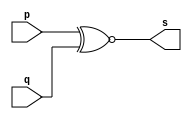
// ------------------------- 
// Exemplo3 - XNOR 
// Nome: Julio Miranda Machado
// ------------------------- 
// ------------------------- 
// -- xnor gate 
// ------------------------- 
module xnorgate ( output s, 
input p, q); 
assign s = p ~^ q; 
endmodule // xnorgate 
// --------------------- 
// -- test xnor gate 
// --------------------- 
module testxnorgate; 
// ------------------------- dados locais 
reg a, b; // definir registradores 
wire s; // definir conexao (fio) 
// ------------------------- instancia 
xnorgate OR1 (s, a, b); 
// ------------------------- preparacao 
initial begin:start 
a=0; b=0; 
end 
// ------------------------- parte principal 
initial begin 
$display("Exemplo3 - Julio Miranda Machado- 435666-7"); 
$display("Test XNOR gate"); 
$display("\na & b = s\n"); 
a=0; b=0; 
#1 $display("%b & %b = %b", a, b, s); 
a=0; b=1; 
#1 $display("%b & %b = %b", a, b, s); 
a=1; b=0; 
#1 $display("%b & %b = %b", a, b, s); 
a=1; b=1; 
#1 $display("%b & %b = %b", a, b, s); 
end 
endmodule // testxnorgate